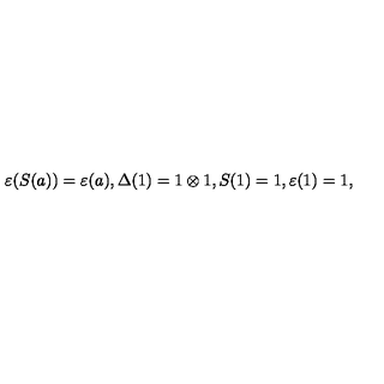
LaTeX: \varepsilon ( S ( a ) ) = \varepsilon ( a ) , \Delta ( 1 ) = 1 \otimes 1 , S ( 1 ) = 1 , \varepsilon ( 1 ) = 1 ,